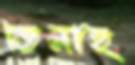
তিনাহ